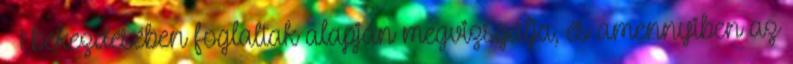
§ 1 bekezdésében foglaltak alapján megvizsgálja, és amennyiben az